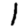
Digit: 1